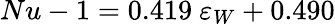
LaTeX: Nu-1=0.419\ \varepsilon_{W}+0.490